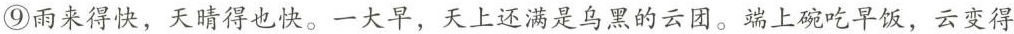
⑨雨来得快。天晴得也快。一大早，天上还满是乌黑的云团。端上碗吃早饭，云变得